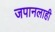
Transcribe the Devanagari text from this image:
जपानलाही